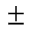
\pm